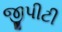
જીપીટી